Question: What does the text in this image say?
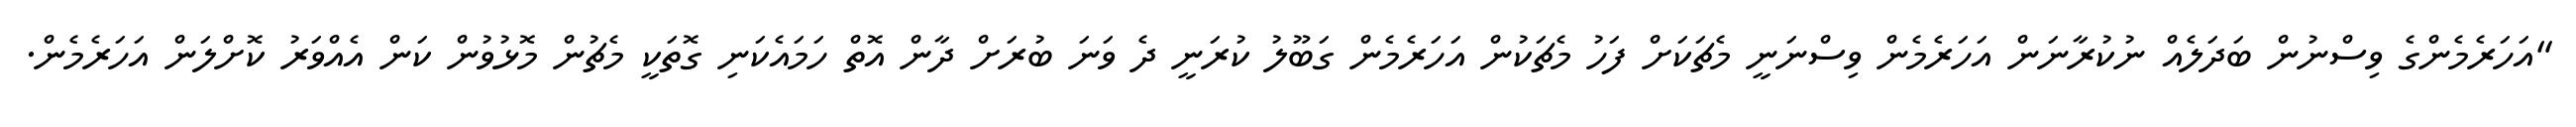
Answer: "އަހަރެމެންގެ ވިސްނުން ބަދަލެއް ނުކުރާނަން އަހަރެމެން ވިސްނަނީ މެޗަކަށް ފަހު މެޗަކުން އަހަރެމެން ގަބޫލު ކުރަނީ ދެ ވަނަ ބުރަށް ދާން އޮތް ހަމައެކަނި ގޮތަކީ މެޗުން މޮޅުވުން ކަން އެއްވަރު ކޮށްލަން އަހަރެމެން.